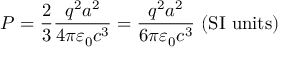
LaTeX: P = { \frac { 2 } { 3 } } { \frac { q ^ { 2 } a ^ { 2 } } { 4 \pi \varepsilon _ { 0 } c ^ { 3 } } } = { \frac { q ^ { 2 } a ^ { 2 } } { 6 \pi \varepsilon _ { 0 } c ^ { 3 } } } { \mathrm { ~ ( S I ~ u n i t s ) } }